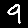
Digit: 9